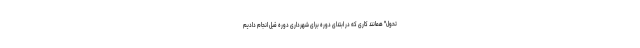
تحول" همانند کاری که در ابتدای دوره برای شهرداری دوره قبل انجام دادیم